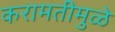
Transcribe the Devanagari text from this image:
करामतीमुळे